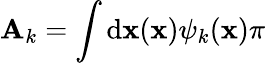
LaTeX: \mathbf{A}_{k}=\int\operatorname{d\mathbf{{x}}}(\mathbf{{x}})\psi_{k}(\mathbf{{x}})\pi